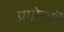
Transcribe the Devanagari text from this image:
प्रयोज्यों